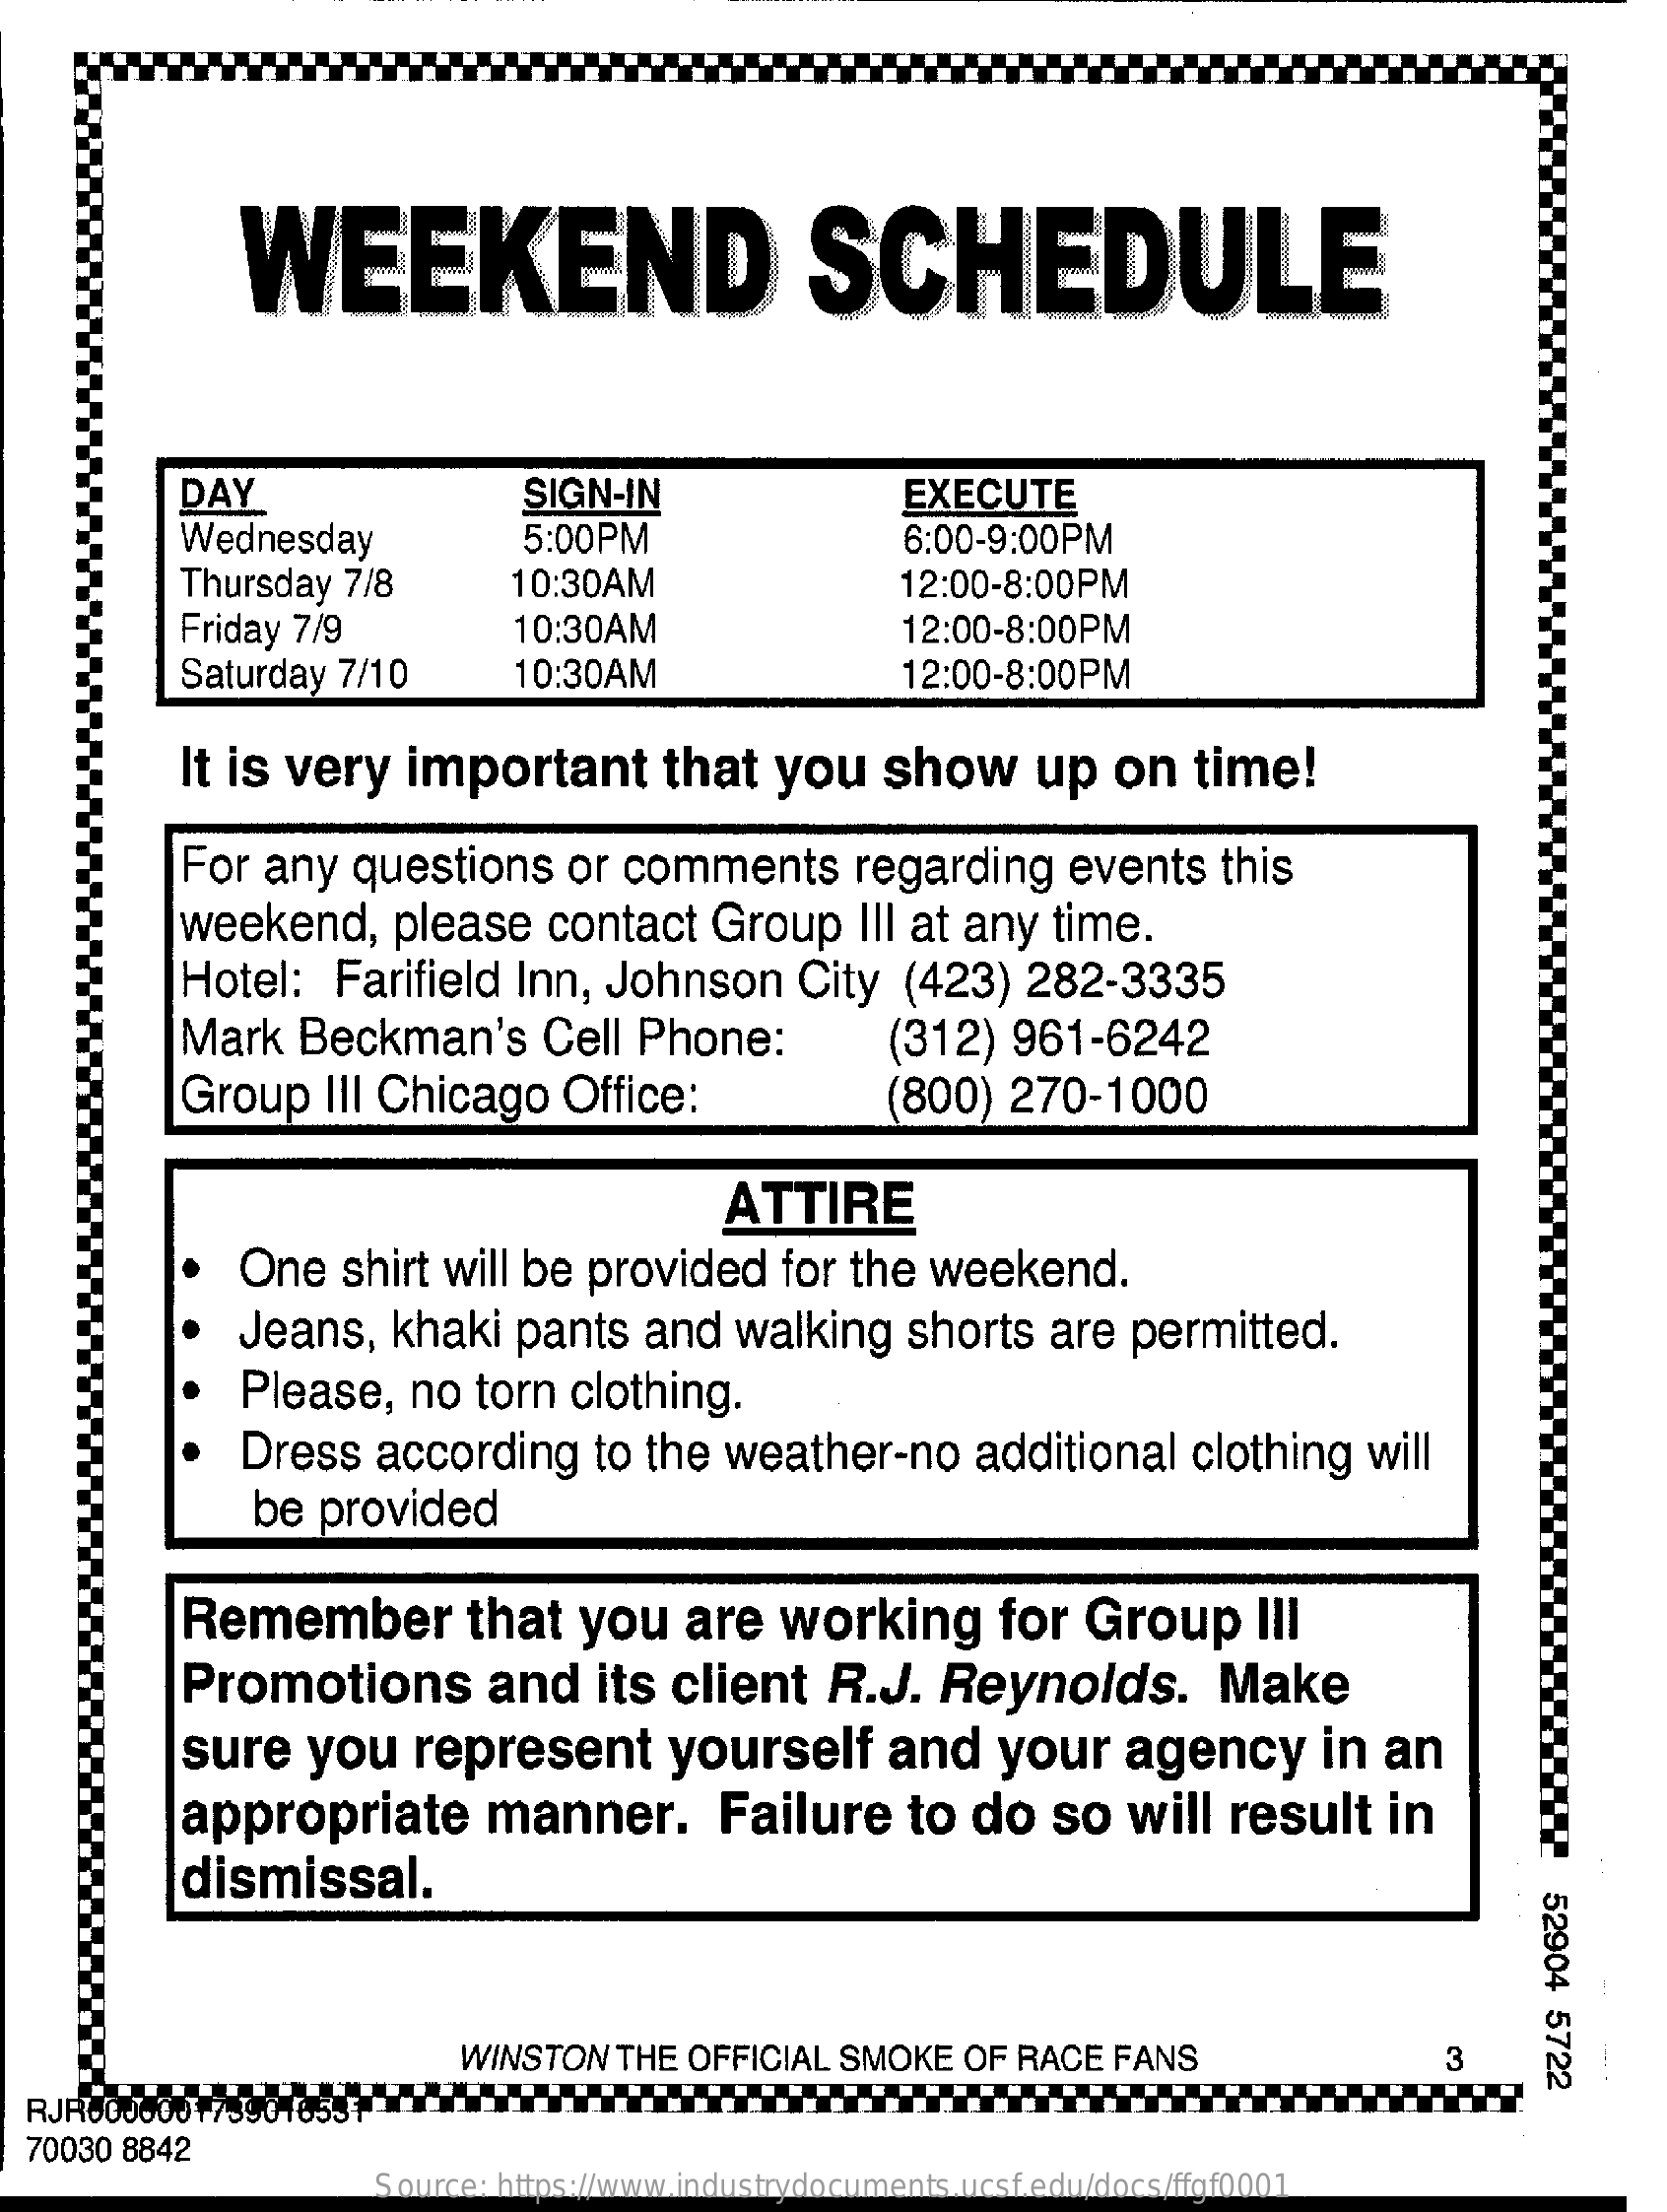
WEEKEND    SCHEDULE
     DAY    SIGN-IN    EXECUTE
     Wednesday    5:00PM    6:00-9:00PM
     Thursday  7/8    10:30AM    12:00-8:00PM
     Friday 7/9    10:30AM    12:00-8:00PM
     Saturday  7/10    10:30AM    12:00-8:00PM
     It is very    important    that   you    show    up   on   time!
     For  any   questions    or comments    regarding    events    this
     weekend,    please    contact    Group    III at any  time.
     Hotel:    Farifield  Inn,  Johnson    City   (423)   282-3335
     Mark   Beckman's    Cell  Phone:    (312)   961-6242
     Group    III Chicago    Office:    (800)   270-1000
     ATTIRE
     One    shirt  will be  provided    for the  weekend.
     Jeans,   khaki   pants    and   walking    shorts   are  permitted.
     Please,   no   torn  clothing.
     Dress   according    to  the  weather-no    additional    clothing   will
     be  provided
     Remember    that   you    are   working    for  Group    Ill
     Promotions    and    its client    R.J.   Reynolds.    Make
     sure    you    represent    yourself    and    your    agency    in  an
     appropriate    manner.    Failure    to  do   so   will   result    in
     dismissal.
     52904
     5722 WINSTON THE OFFICIAL SMOKE OF RACE FANS 3
  RJRO00G
  70030 8842
     Source: https://www.industrydocuments.ucsf.edu/docs/ffgf0001